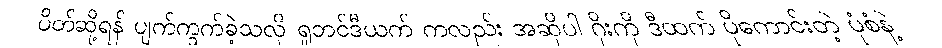
ပိတ်ဆို့ရန် ပျက်ကွက်ခဲ့သလို ရူဘင်ဒီယက် ကလည်း အဆိုပါ ဂိုးကို ဒီထက် ပိုကောင်းတဲ့ ပုံစံနဲ့